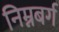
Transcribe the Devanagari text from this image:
निम्नबर्ग